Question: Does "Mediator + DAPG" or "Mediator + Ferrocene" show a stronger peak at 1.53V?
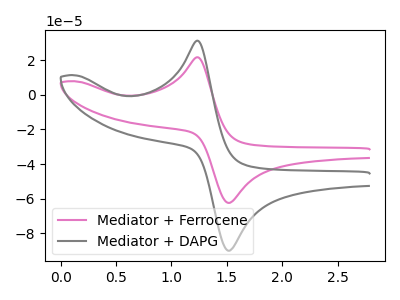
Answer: <think>The pink curve "Mediator + Ferrocene" has an anodic peak at (1.25V, 21.60uA) and a cathodic peak at (1.55V, -62.30uA). The gray curve "Mediator + DAPG" has an anodic peak at (1.25V, 31.15uA) and a cathodic peak at (1.55V, -89.85uA).</think>
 <answer>The peak at 1.53V is higher in "Mediator + DAPG" than in "Mediator + Ferrocene".</answer>
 <eval>higher</eval>